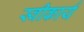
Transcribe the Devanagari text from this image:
स्‍वीकार्य